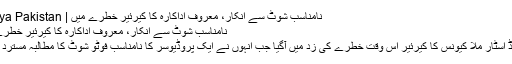
نامناسب شوٹ سے انکار، معروف اداکارہ کا کیرئیر خطرے میں | Dunya Pakistan
نامناسب شوٹ سے انکار، معروف اداکارہ کا کیرئیر خطرے میں
ہالی وڈ اسٹار ملا کیونس کا کیرئیر اس وقت خطرے کی زد میں آگیا جب انہوں نے ایک پروڈیوسر کا نامناسب فوٹو شوٹ کا مطالبہ مسترد کردیا۔